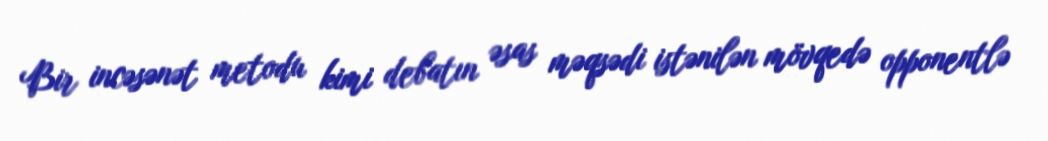
Bir incəsənət metodu kimi debatın əsas məqsədi istənilən mövqedə opponentlə